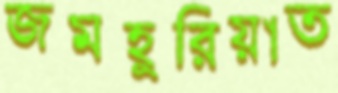
জমহুরিয়াত